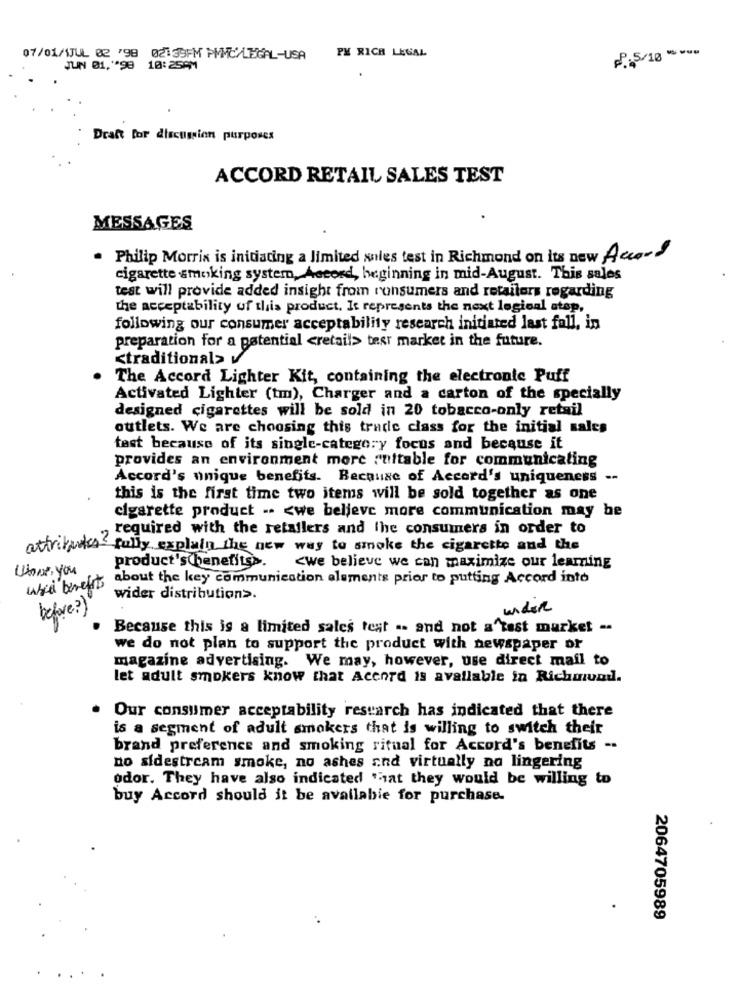
07/01/1JUL 02 798 02:39PM PMMC/LEGAL-USA
PH RICH LEGAL
7.5/10 ===
JUN 01,"*98 10:25PM
Dratt for discussion purposes
ACCORD RETAIL SALES TEST
MESSAGES
. Philip Morris is initiating a limited sales test in Richmond on its new Accord
cigarette smoking system, Accord, beginning in mid-August. This sales
test will provide added insight from runsumers and retailers regarding
the acceptability of this product. It represents the next logical step,
following our consumer acceptability research initiated last fall, in
preparation for a potential <retail> test market in the future.
<traditional> v
The Accord Lighter Kit, containing the electronic Puff
Activated Lighter (tm), Charger and a carton of the specially
designed cigarettes will be sold in 20 tobacco-only retail
outlets. We are choosing this trade class for the initial sales
test because of its single-category focus and because it
provides an environment more suitable for communicating
Accord's unique benefits. Because of Accord's uniqueness --
this is the first time two items will be sold together as one
cigarette product -- < we believe more communication may be
attributes ? required with the retailers and the consumers in order to
fully explain the new way to smoke the cigarette and the
product's benefitss.
Utons, you
<we believe we can maximize our learning
about the key communication alsments prior to putting Accord into
whel benefits
wider distribution>.
before ? )
under
Because this is a limited sales test .. and not a"test market -
we do not plan to support the product with newspaper or
magazine advertising. We may, however, use direct mail to
let adult smokers know that Accord is available in Richmund.
Our consumer acceptability research has indicated that there
is a segment of adult smokers that is willing to switch their
brand preference and smoking ritual for Accord's benefits --
no sidestream smoke, no ashes and virtually na lingering
odor. They have also indicated "sat they would be willing to
buy Accord should it be available for purchase.
2064705989
. .